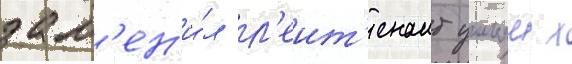
зам'ен'и́л л'еит'енант уильям х